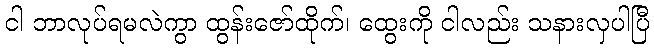
ငါ ဘာလုပ်ရမလဲကွာ ထွန်းဇော်ထိုက်၊ ထွေးကို ငါလည်း သနားလှပါပြီ